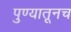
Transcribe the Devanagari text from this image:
पुण्यातूनच